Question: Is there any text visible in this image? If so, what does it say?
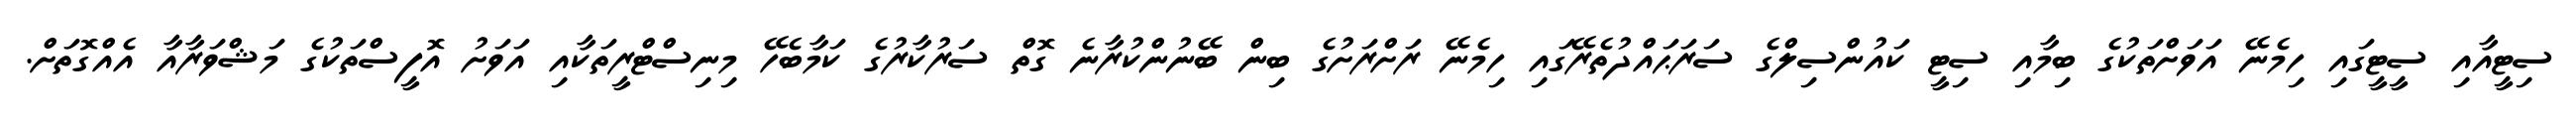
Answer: ސިޓީއާއި ސީޓީގައި ހިމެނޭ އަވަށްތަކުގެ ބިމާއި ސިޓީ ކައުންސިލްގެ ސަރަޙައްދުތެރޭގައި ހިމެނޭ ރަށްރަށުގެ ބިން ބޭނުންކުރާނެ ގޮތް ސަރުކާރުގެ ކަމާބެހޭ މިނިސްޓްރީތަކާއި އަވަށު އޮފީސްތަކުގެ މަޝްވަރާއާ އެއްގޮތަށް.